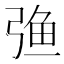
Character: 𰐚